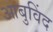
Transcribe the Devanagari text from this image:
आबुविंद